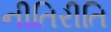
નીતિરીતિ